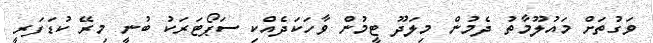
ވަގުތަށް މައުލޫމާތު ދެމުން މިލަދޫ ޓީމުން ވާހަކަދެއްކި ސަޕޯޓަރަކު ބުނީ މިރޭ ކުޑަފަރީ